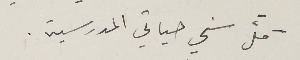
كلَّ سني حياتي المدرسية.